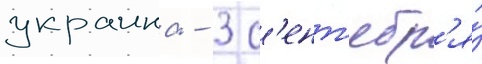
украина - 3 с'ент'ябр'я́